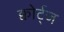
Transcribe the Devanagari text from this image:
क्वोर्ट्‌ज